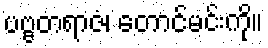
ပဗ္ဗတရာဇံ၊ တောင်မင်းကို။